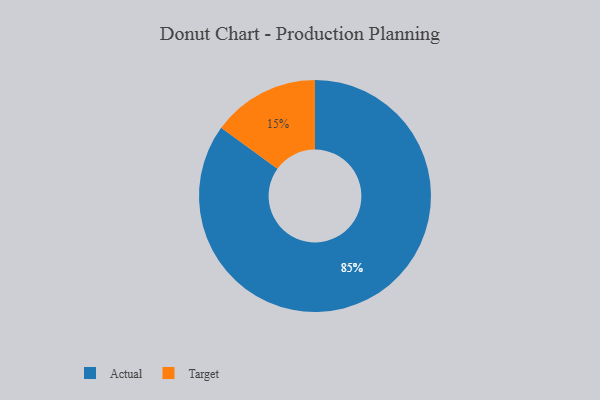
{"axis": {"x": "Category", "y": "Percentage"}, "legend": ["Actual", "Target"], "data": [{"x": "Target", "y": 15, "type": "Target"}, {"x": "Actual", "y": 85, "type": "Actual"}]}